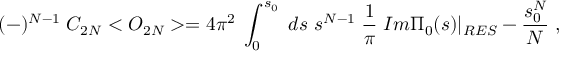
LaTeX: ( - ) ^ { N - 1 } \; C _ { 2 N } < O _ { 2 N } > = 4 \pi ^ { 2 } \; \int _ { 0 } ^ { s _ { 0 } } \; d s \, \, s ^ { N - 1 } \; \frac { 1 } { \pi } \; I m \Pi _ { 0 } ( s ) | _ { R E S } - \frac { s _ { 0 } ^ { N } } { N } \; ,